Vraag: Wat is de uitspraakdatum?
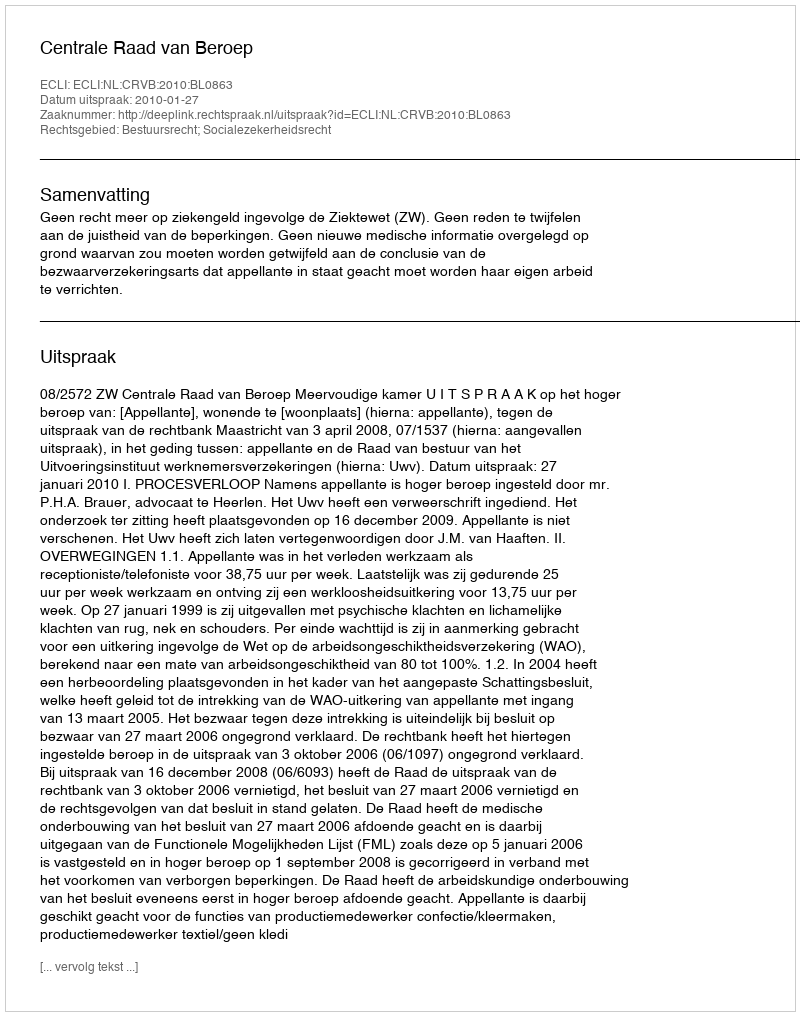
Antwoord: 2010-01-27